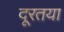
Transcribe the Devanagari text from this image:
दूरतया